Vaccine operations Central Provinces & Berar 1922-1929 - 1922-1929
Year: 1922
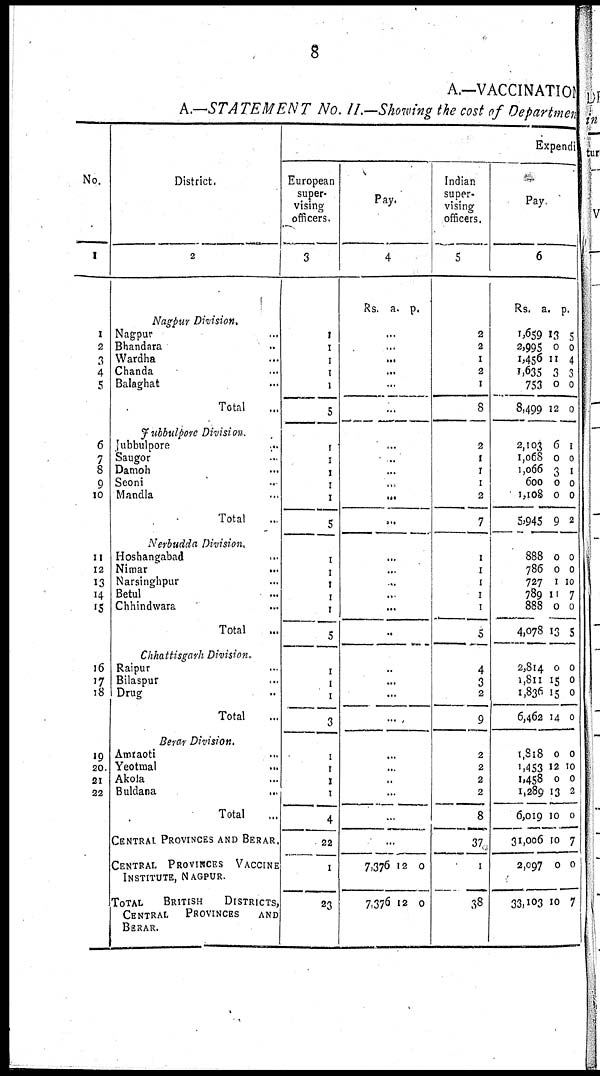
8
A.—VACCINATION
A.—STATEMENT No. II.—Showing the cost of Department
No.
1
1
2
3
4
5
6
7
8
9
10
11
12
13
14
15
16
17
18
19
20
21
22
District.
2
Nagpur Division,
Nagpur ...
Bhandara ...
Wardha ...
Chanda ...
Balaghat ...
Total ...
Jubbulpore Division.
Jubbulpore ...
Saugor ...
Damoh ...
Seoni
...
Mandla ...
Total ...
Nerbudda Division.
Hoshangabad ...
Nimar
...
Narsinghpur ...
Betul ...
Chhindwara ...
Total ...
Chhattisgarh Division.
Raipur ...
Bilaspur ...
Drug ...
Total ...
Berar Division.
Amraoti ...
Yeotmal ...
Akola ...
Buldana ...
Total ...
CENTRAL PROVINCES AND BERAR.
CENTRAL PROVINCES VACCINE
INSTITUTE, NAGPUR.
TOTAL
BRITISH
DISTRICTS,
CENTRAL PROVINCES AND
BERAR.
Expendi
European
super-
vising
officers.
3
1
1
1
1
1
5
1
1
1
1
1
5
1
1
1
1
1
5
1
1
1
3
1
1
1
1
4
22
1
23
Pay.
4
Rs. a. p.
...
...
...
...
...
...
...
...
...
...
...
...
...
...
...
...
...
...
...
...
...
...
...
...
...
...
...
...
7,376
7,376
12
12
0
0
Indian
super-
vising
officers.
5
2
2
1
2
1
8
2
1
1
1
2
7
1
1
1
1
1
5
4
3
2
9
2
2
2
2
8
37
1
38
Pay.
6
Rs. a. p.
1,659
2,995
1,456
1,635
753
8,499
2,103
1,068
1,066
600
1,108
5,945
888
786
727
789
888
4,078
2,814
1,811
1,836
6,462
1,818
1,453
1,458
1,289
6,019
31,006
2,097
33,103
13
0
11
3
0
12
6
0
3
0
0
9
0
0
1
11
0
13
0
15
15
14
0
12
0
13
10
10
0
10
5
0
4
3
0
0
1
0
1
0
0
2
0
0
10
7
0
5
0
0
0
0
0
10
0
2
0
7
0
7